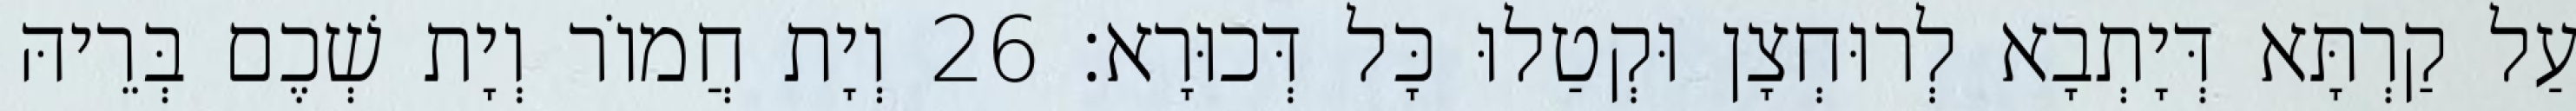
עַל קַרְתָּא דְּיָתְבָא לְרוּחְצָן וּקְטַלוּ כָּל דְּכוּרָא׃ 26 וְיָת חֲמוֹר וְיָת שְׁכֶם בְּרֵיהּ